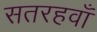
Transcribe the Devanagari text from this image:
सतरहवाँ